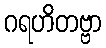
ဂရဟိတဗ္ဗာ